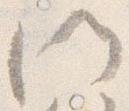
門